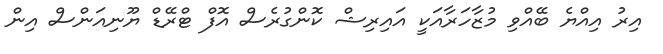
އިރު އިއްޔެ ބޭއްވި މުޒާހަރާއަކީ އައިރިޝް ކޮންގުރެސް އޮފް ޓްރޭޑް ޔޫނިއަންސް އިން